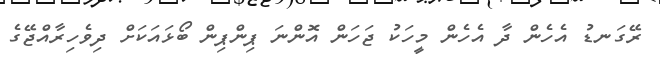
ރޭގަނޑު އެހެން ދާ އެހެން މީހަކު ޖަހަން އޮންނަ ޕިންޕިން ބޯޅައަކަށް ދިވެހިރާއްޖޭގެ